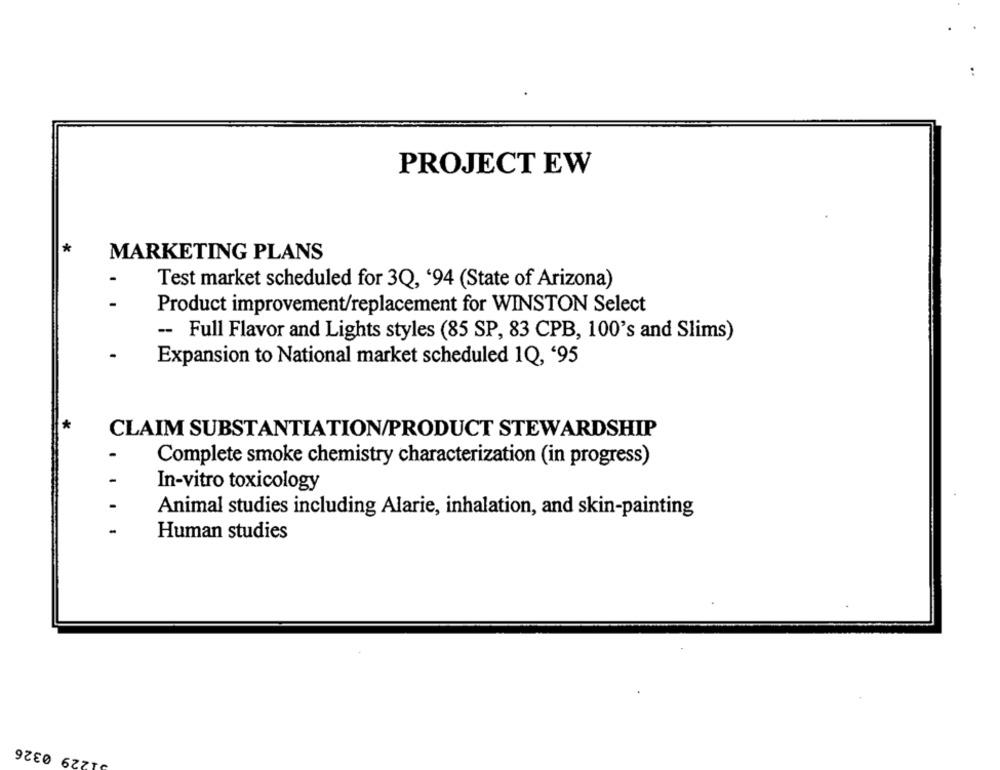
PROJECT EW
MARKETING PLANS
Test market scheduled for 3Q, '94 (State of Arizona)
Product improvement/replacement for WINSTON Select
-- Full Flavor and Lights styles (85 SP, 83 CPB, 100's and Slims)
Expansion to National market scheduled 1Q, '95
CLAIM SUBSTANTIATION/PRODUCT STEWARDSHIP
Complete smoke chemistry characterization (in progress)
In-vitro toxicology
Animal studies including Alarie, inhalation, and skin-painting
Human studies
0326
6221